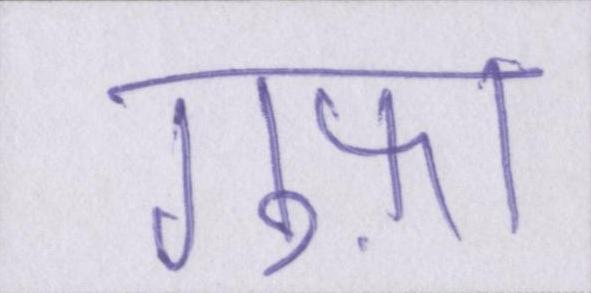
गुफ़ा